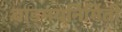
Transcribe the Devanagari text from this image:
वाड्मयनिर्मिती